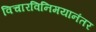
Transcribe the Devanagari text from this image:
विचारविनिमयानंतर